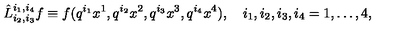
\hat { L } _ { i _ { 2 } , i _ { 3 } } ^ { i _ { 1 } , i _ { 4 } } f \equiv f ( q ^ { i _ { 1 } } x ^ { 1 } , q ^ { i _ { 2 } } x ^ { 2 } , q ^ { i _ { 3 } } x ^ { 3 } , q ^ { i _ { 4 } } x ^ { 4 } ) , \quad i _ { 1 } , i _ { 2 } , i _ { 3 } , i _ { 4 } = 1 , \dots , 4 ,